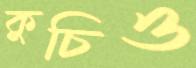
কুচিও